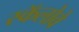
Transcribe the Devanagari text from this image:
स्कॅलोवे